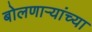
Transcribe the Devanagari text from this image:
बोलणाऱ्यांच्या